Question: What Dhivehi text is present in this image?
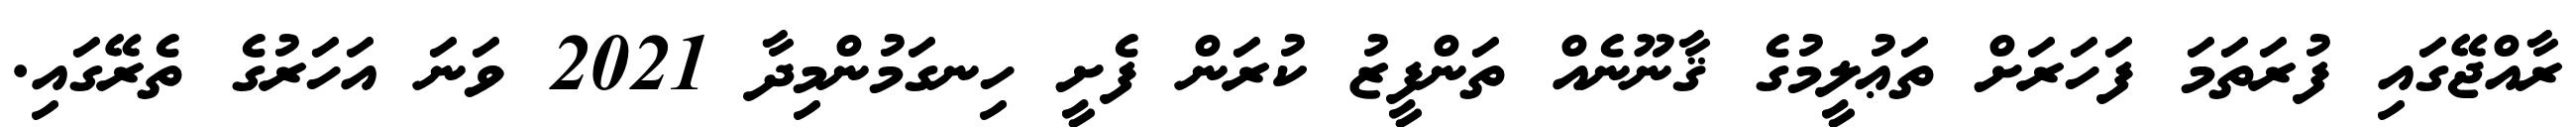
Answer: ރާއްޖޭގައި ފުރަތަމަ ފަހަރަށް ތަޢުލީމުގެ ޤާނޫނެއް ތަންފީޒު ކުރަން ފެށީ ހިނގަމުންމިދާ 2021 ވަނަ އަހަރުގެ ތެރޭގައި.